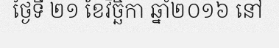
ថ្ងៃទី ២១ ខែវិច្ឆិកា ឆ្នាំ២០១៦ នៅ